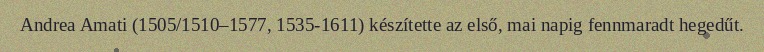
Andrea Amati (1505/1510–1577, 1535-1611) készítette az első, mai napig fennmaradt hegedűt.